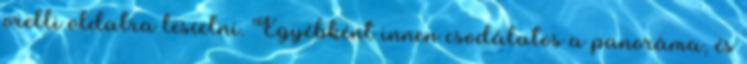
orelli oldalra lesíelni. Egyébként innen csodálatos a panoráma, és